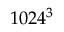
1 0 2 4 ^ { 3 }